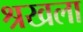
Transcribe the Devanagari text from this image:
श्रखला